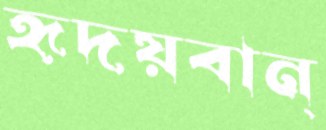
হৃদয়বান্‌